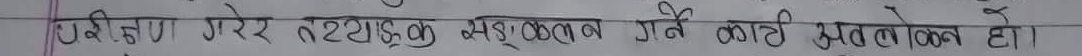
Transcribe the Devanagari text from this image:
ईन्जिन गरेर नष्टाइ सङ्कलन गर्ने कार्य असल किन्न छ।